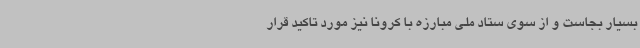
بسیار بجاست و از سوی ستاد ملی مبارزه با کرونا نیز مورد تاکید قرار